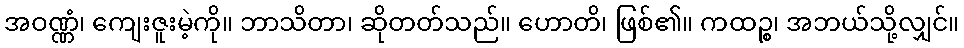
အဝဏ္ဏံ၊ ကျေးဇူးမဲ့ကို။ ဘာသိတာ၊ ဆိုတတ်သည်။ ဟောတိ၊ ဖြစ်၏။ ကထဉ္စ၊ အဘယ်သို့လျှင်။